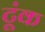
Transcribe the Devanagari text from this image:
टूंक